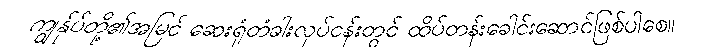
ကျွန်ုပ်တို့၏အမြင် ဆေးရုံတံခါးလုပ်ငန်းတွင် ထိပ်တန်းခေါင်းဆောင်ဖြစ်ပါစေ။